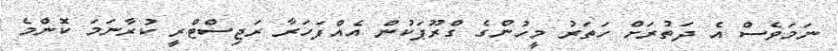
ނަމަވެސް އެ ދަތުރަށް ހަތަރު މީހުންގެ ގްރޫޕަކުން އެއްފަހަރާ ރަޖިސްޓްރީ ކުރާނަމަ ކޮންމެ